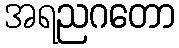
အရညဂတော